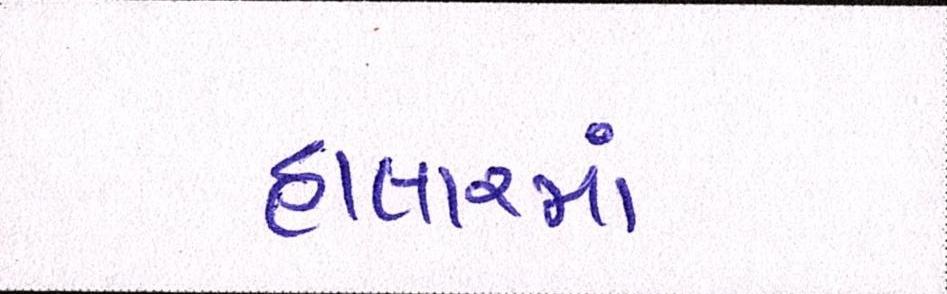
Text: હાલારમાં